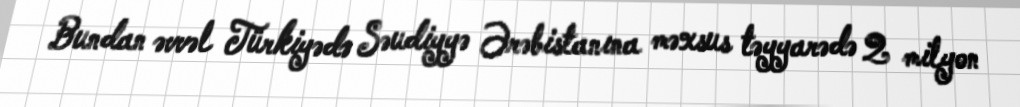
Bundan əvvəl Türkiyədə Səudiyyə Ərəbistanına məxsus təyyarədə 2 milyon